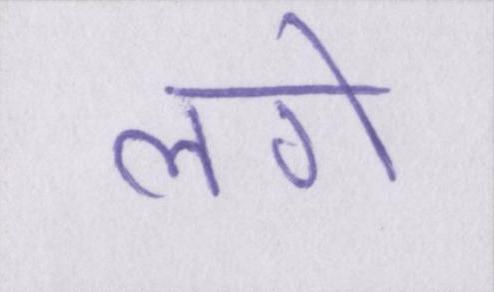
लगे